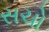
સચો